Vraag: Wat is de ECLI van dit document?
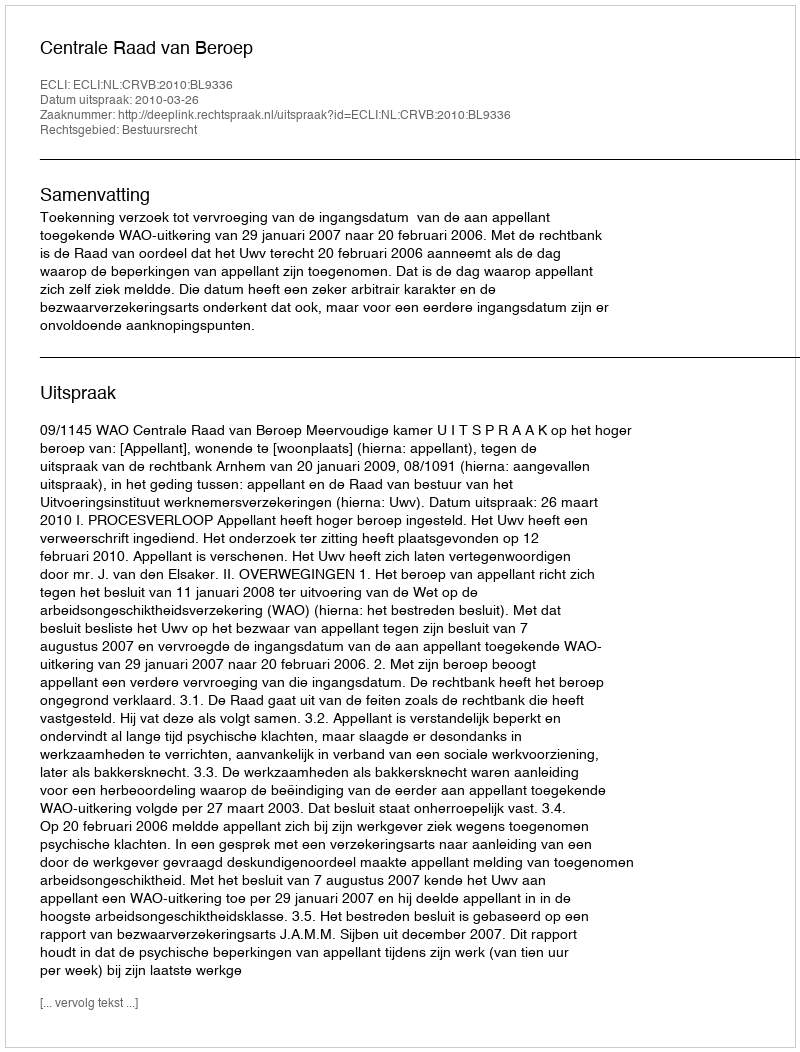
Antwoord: ECLI:NL:CRVB:2010:BL9336